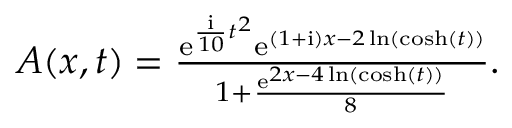
\begin{array} { r } { A ( x , t ) = \frac { \mathrm { e } ^ { \frac { \mathrm { { i } } } { 1 0 } t ^ { 2 } } \mathrm { e } ^ { ( 1 + \mathrm { { i } } ) x - 2 \ln ( \cosh ( t ) ) } } { 1 + \frac { \mathrm { e } ^ { 2 x - 4 \ln ( \cosh ( t ) ) } } { 8 } } . } \end{array}